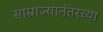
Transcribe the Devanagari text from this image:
साम्राज्यानंतरच्या